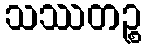
သဿတဉ္စ